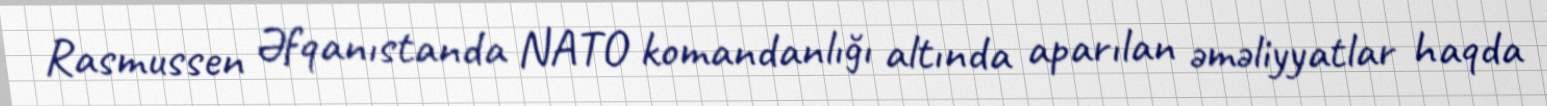
Rasmussen Əfqanıstanda NATO komandanlığı altında aparılan əməliyyatlar haqda